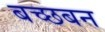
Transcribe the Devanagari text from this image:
बच्छबन